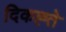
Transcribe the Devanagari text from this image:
दिकह्ते